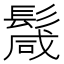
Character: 𩮏